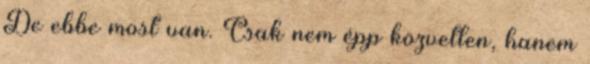
De ebbe most van. Csak nem épp közvetlen, hanem